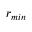
r _ { m i n }